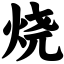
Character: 烧